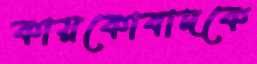
কায়কোবাদকে